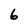
Character: 6